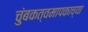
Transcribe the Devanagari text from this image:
चुंबकत्वमापकाच्या